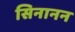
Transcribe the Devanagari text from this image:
सिनानन